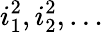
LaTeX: i_{1}^{2},i_{2}^{2},\dots